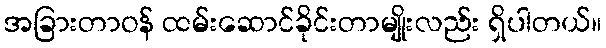
အခြားတာဝန် ထမ်းဆောင်ခိုင်းတာမျိုးလည်း ရှိပါတယ်။